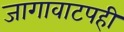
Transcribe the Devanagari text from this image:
जागावाटपही